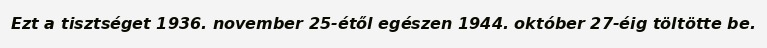
Ezt a tisztséget 1936. november 25-étől egészen 1944. október 27-éig töltötte be.